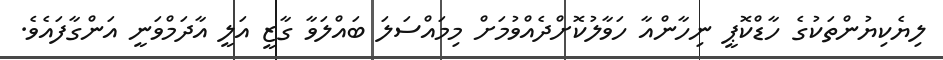
ލިޔެކިޔުންތަކުގެ ހާޑްކޮޕީ ނިހާންއާ ހަވާލުކޮށްދެއްވުމަށް މިމައްސަލަ ބައްލަވާ ގާޒީ އަލީ އާދަމްވަނީ އަންގާފައެވެ.